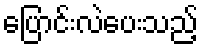
ပြောင်းလဲပေးသည့်